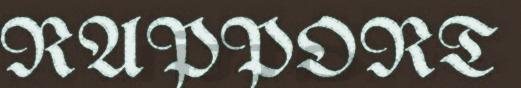
RAPPORT